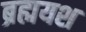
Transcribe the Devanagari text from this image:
ब्रह्मयश